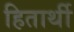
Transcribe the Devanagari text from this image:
हितार्थी